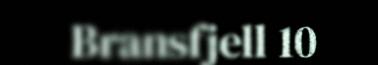
Bransfjell 10